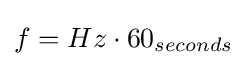
f=Hz\cdot 60_{seconds}